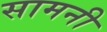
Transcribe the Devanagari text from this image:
सामनी